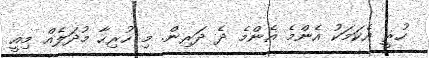
ހުރީ އެކަމަކު އެންމެ އެންމެ ދެ ދަރިން. މި ހުރިހާ މުދަލެއް މިއީ